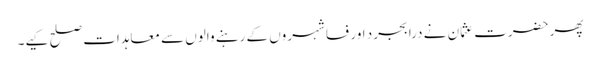
پھر حضرت عثمان نے درابجرد اور فسا شہروں کے رہنے والوں سے معاہدات صلح کیے۔